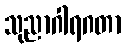
သုညာဂါရဂတာ